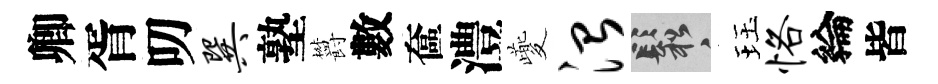
卿胥叨巽塾欝數奩澧夔治鬆珏恪綸皆